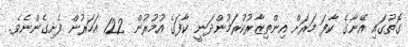
ގޮތުގައި އޭނާގެ ކާފަ މަރަށް އިންތިޒާރުކުރަމުންދަނީ ކާފަގެ އުމުރުން 122 އަހަރުން ފެށިގެންނެވެ.